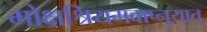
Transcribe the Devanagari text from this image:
मोक्षश्रियमवाप्नुयात्